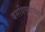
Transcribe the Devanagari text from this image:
बसविण्याच्या